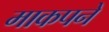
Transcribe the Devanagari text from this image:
माकपने